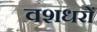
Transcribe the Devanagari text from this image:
वशधरों